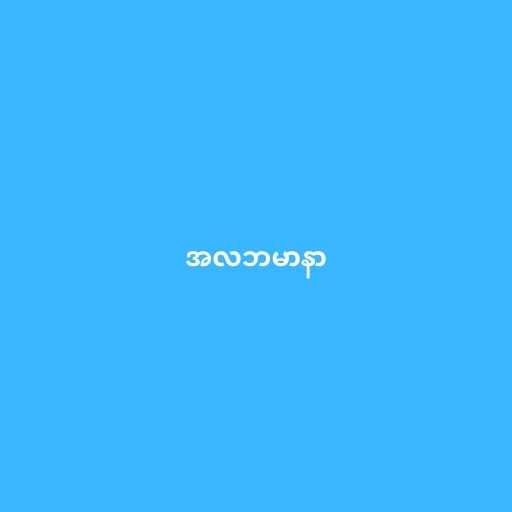
အလဘမာနာ